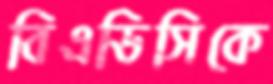
বিএডিসিকে